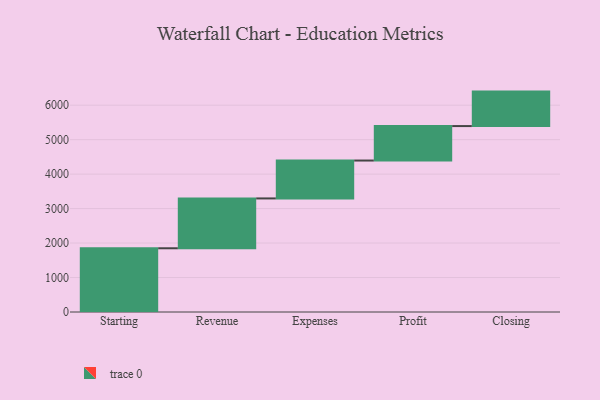
{"axis": {"x": "Step", "y": "Value"}, "legend": [""], "data": [{"x": "Starting", "y": 1849.0, "type": ""}, {"x": "Revenue", "y": 1446.0, "type": ""}, {"x": "Expenses", "y": 1099.0, "type": ""}, {"x": "Profit", "y": 1000, "type": ""}, {"x": "Closing", "y": 1000, "type": ""}]}